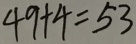
4 9 + 4 = 5 3